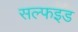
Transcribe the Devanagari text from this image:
सल्फइड